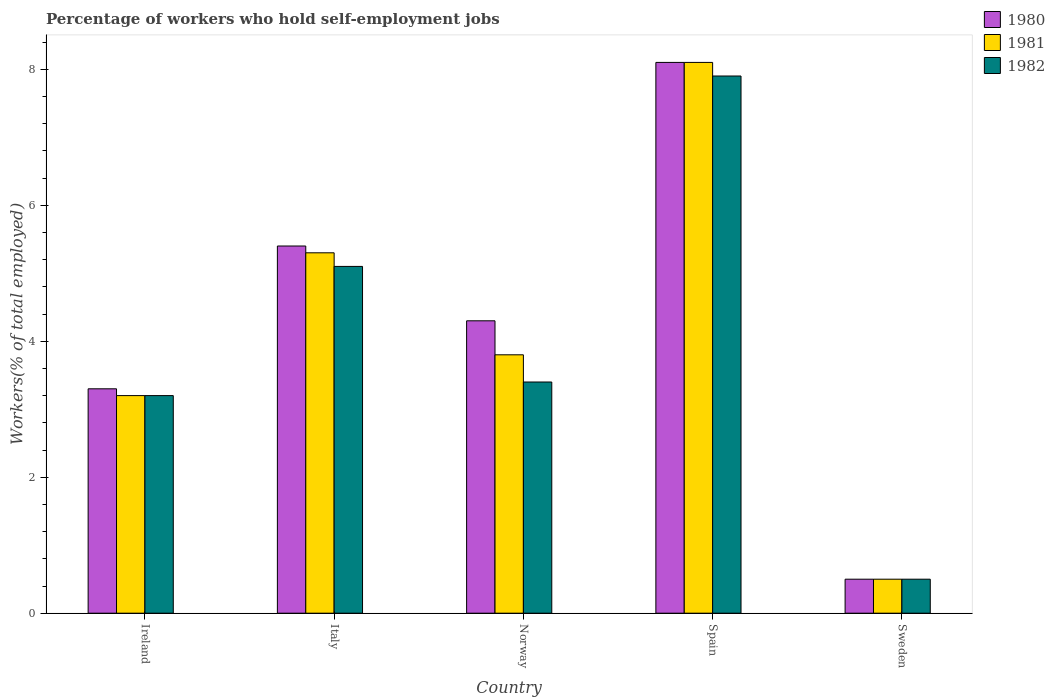
| Country | 1980 | 1981 | 1982 |
 | --- | --- | --- | --- |
 | Ireland | 3.3 | 3.2 | 3.2 |
 | Italy | 5.4 | 5.3 | 5.1 |
 | Norway | 4.3 | 3.8 | 3.4 |
 | Spain | 8.1 | 8.1 | 7.9 |
 | Sweden | 0.5 | 0.5 | 0.5 |